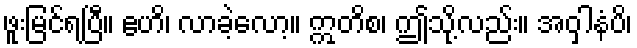
ဖူးမြင်ရပြီ။ ဧဟိ၊ လာခဲ့လော့။ ဣတိစ၊ ဤသို့လည်း။ အဝှါနံပိ၊